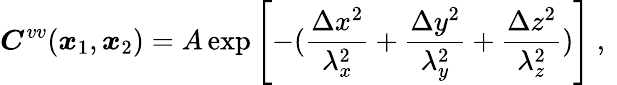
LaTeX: \boldsymbol{C}^{vv}(\boldsymbol{x}_{1},\boldsymbol{x}_{2})=A\exp\left[-(\frac{\Delta x^{2}}{\lambda_{x}^{2}}+\frac{\Delta y^{2}}{\lambda_{y}^{2}}+\frac{\Delta z^{2}}{\lambda_{z}^{2}})\right]\mathrm{~,~}